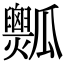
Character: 𤬡